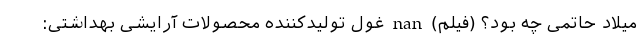
میلاد حاتمی چه بود؟ (فیلم) nan غول تولیدکننده محصولات آرایشی بهداشتی: